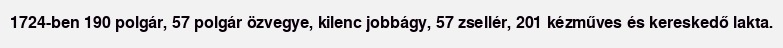
1724-ben 190 polgár, 57 polgár özvegye, kilenc jobbágy, 57 zsellér, 201 kézműves és kereskedő lakta.